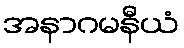
အနာဂမနီယံ